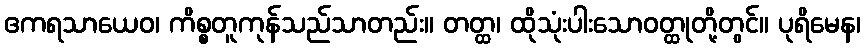
ဧကရသာယေဝ၊ ကိစ္စတူကုန်သည်သာတည်း။ တတ္ထ၊ ထိုသုံးပါးသောဝတ္ထုတို့တွင်။ ပုရိမေန၊